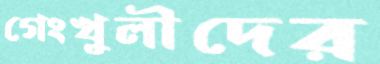
গেংখুলীদের